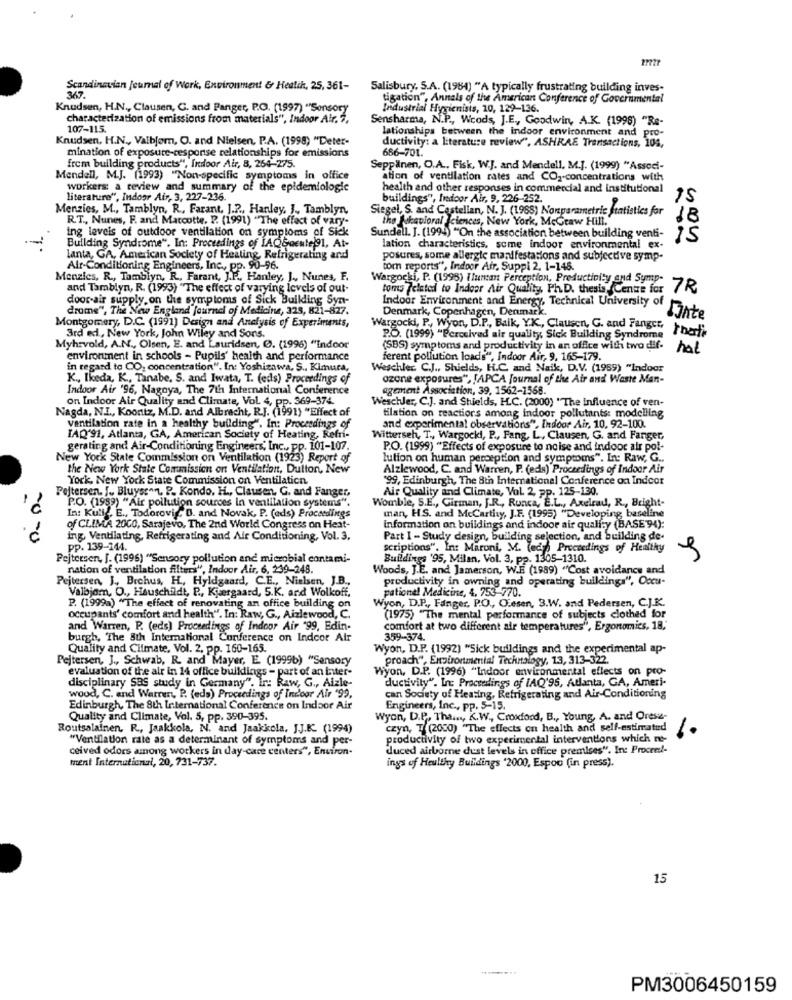
Scandinavian Journal of Work, Environment & Heatik, 25, 361-
Salisbury, S.A. (1984) "A typically frustrating building inves-
367.
tigation", Annals of the American Conference of Governmental
Knudsen, H.N ., Clausen, G. and Fanger, P.O. (1997) "Sonsory
Industrial Hygienists, 10, 129-136.
characterization of emissions from materials", Indoor Air. 2.
Sensharma, N.P ., Woods, J.E ., Goodwin, A.K. (1998) "Re-
107-115.
Knudsen, H.N ., Valbjørn, O. and Nielsen, P.A. (1998) "Deter-
lationships between the indoor environment and pro-
ductivity: a literature review", ASHRAE Transactions, 108,
mination of exposure-response relationships for emissions
686-701.
frem building products", Indoor Air, 8, 264-275.
Seppänen, O.A ., Fisk, W.J. and Mendell. M.J. (1999) "Associ-
Mendell, M.J. (1993) "Non-specific symptoms in office
ation of ventilation rates and CO2-concentrations with
workers: a review and summary of the epidemiologic
health and other responses in commercial and institutional
literature", Indoor Air, 3, 227-236.
buildings", Indoor Air, 9, 226-252.
Menzies, M ., Tamblyn, R ., Farant, J.2 ., Hanley, J ., Tamblyn
Siegel, S. and Cestellan, N. J. (1988) Nonparametric statistics for
R.T ., Nunes, F. and Marcotte, P. (1991) "The effect of vary-
the fakatloral Sciences, New York, McGraw Hill.
18
ing levels of outdoor ventilation on symptoms of Sick
Sundell. J. (1994) "On the association between building venti-
is
Building Syndrome". In: Proceedings of IAQSocute991, At-
lation characteristics, some indoor environmental ex-
lanta, GA, American Society of Heating Refrigerating and
posures, some allergie manifestations and subjective symp-
Air-Conditioning Engineers, Inc ., pp. 90-96.
tom reports", Indoor Air, Suppi 2. 1-145.
Menzics, R ., Tamblyn, R ., Farant, J.P ., Hanley, J ., Nunes, F.
Wargocki, P. (1998) Hluman Perception, Productivity and Symp-
and Tamblyn, R. (1993) "The effect of varying levels of out-
toms Telcted to Indoor Air Quality, Ph.D. thesis Cente for 7R
door-air supply on the symptoms of Sick Building Syn-
Indoor Environment and Energy, Technical University of
drome", The New England journal of Medicine, 325, 821-827.
Denmark, Copenhagen, Denmark.
Montgomery, D.C. (1991) Design and Analysis of Experiments,
Date
Wargocki, P ., Wyon, D.P ., Balk, Y.K ., Clausen, G. and Fanger,
3rd el, New York, John Wiley and Sons.
P.O. (1999) "Perceived air quality, Sick Building Syndrome
Myhrvold, A.N ., Olsen, E. and Lauridsen, C. (1996) "Indoor
(SBS) symptoms and productivity in an office with two dif- hat
environment in schools - Pupils' health and performance
ferent pollution loads", Indoor Air, 9, 165-179.
in regard to CO, concentration". In: Yoshizawa, S ., Kimura,
Weschler. C.J ., Shields, H.C. and Naik, D.V. (1959) "Indoor
K ., Ikeda, K ., Tanabe, S. and Iwata, T. (eds) Proceedings of
ozone exposures", [APCA Journal of the Air and Waste Man-
Indoor Air '96, Nagoya, The 7th International Conference
agement Association, 39, 1562-1568.
on Indoor Air Quality and Climate, Vol. 4, pp. 369-374.
Weschler, C.J. and Shields, HL.C. (2000) "The Influence of ven-
Nagda, NI ., Koontz, M.D. and Albrecht, R.J. (1991) "Effect of
tilation on reactions among indoor pollutants: modelling
ventilation rate in a healthy building". In: Proceedings of
and experimental observations", Indoor Air, 10, 92-100.
IAQ'91, Atlanta, GA, American Society of Heating, Refri-
Witterseh, T ., Wargocki, P ., Fang, L ., Clausen, G. and Fanger,
gerating and Air-Conditioning Engineers, Inc ., pp. 101-107.
P.O. (1999) "Effects of exposure to noise and indoor air pol-
New York State Commission on Ventilation (1923) Report of
lution on human perception and symptoms". It: Raw, G ..
the New York State Commission on Ventilation, Dutton, New
Alzlewood, C. and Warren, P. (eds) Proceedings of Indoor Air
York, New York State Commission on Ventilation.
'99, Edinburgh, The 8th International Conference on Indcor
Pejtersen. J ., Bluyss", P. Kondo. H ., Clausen, G. and Fanger,
Air Quality and Climate, Vol. 2, pp. 125-130.
Womble, S.E ., Girman, J.R ., Runca, E.L ., Axelrad, R ., Bright-
3) "Air pollution sources in ventilation system's"
In: Kullf. E ., Todorovig. D. and Novak, P. (eds) Proceedings
man, HS. and Mccarthy, J.F. (1995) "Developing baseline
of CLIMA 2000, Sarajevo, The 2nd World Congress on Heat-
Information on buildings and indoor air quality (BASE 94):
ing, Ventilating, Refrigerating and Air Conditioning, Vol. 3.
Part I - Study design, building selection, and building de-
pp. 139-144.
scriptions". In: Maroni, M. (eds Proceedings of Healthy
Pejtersen, J. (1996) "Sensory pollution and microbial contami-
Buildings '95, Milan, Vol. 3, pp. 1305-1310.
nation of ventilation filters", Indoor Air, 6, 239-248.
Woods, J.E. and Jamerson, W.E (1989) "Cost avoidance and
Pejtersen, J ., Brehus, H ., Hyldgaard, C.E ., Nielsen, J.B .,
productivity in owning and operating buildings", Occu-
Valbjørn, O ., Hauschildt, P ., Kjærgaard, 5.K. and Wolkoff,
pationel Medicine, 4, 753-770.
Wyon, D.P ., Fanger, P.O ., Olesen, 3.W. and Pedersen, C.J.K.
P. (1999a) "The effect of renovating an office building on
occupants' comfort and health". In: Raw, G ., Aizlewood, C.
(1975) "The mental performance of subjects clothed for
and Warren, P. (eds) Proceedings of Indoor Air "99, Edin-
comfort at two different air temperatures", Ergonomics, 18,'
burgh, "The 8th International Conference on Indoor Air
359-374.
Quality and Climate. Vol. 2, pp. 160-165.
Wyon, D.P. (1992) "Sick buildings and the experimental ap-
Pejtersen, J ., Schwab, R. and Mayer, E. (1999b) "Sensory
proach", Environmental Technology, 13, 313-322.
evaluation of the air in 14 office buildings - part of an inter-
Wyon, D.P. (1996) "Indoor environmental effects on pro-
disciplinary SBS study in Germany". Ir: Raw, G ., Aizle-
ductivity". In: Proceedings of IAQ'96, Atlanta, GA, Ameri-
wood, C. and Warren, P. (eds) Proceedings of Indoor Air "99,
can Society of Heating, Refrigerating and Air-Conditioning
Edinburgh, The 8th International Conference on Indoor Air
Engineers, Inc ., pp. 5-15.
Quality and Climate, Vol. 5, pp. 390-395.
Wyon, D.P. Tha. K.W ., Croxford, B ., Young, A. and Ores-
Routsalainen. R ., Jaakkola, N. and Jaakkola, J.J.K. (1994)
czyn, T(2000) "The effects on health and self-estimated
"Ventilation rate as a determinant of symptoms and per-
productivity of two experimental interventions which no-
ceived odors among workers in day-care centers", Environ-
duced airborne dust levels in office premises". In: Procee !-
ment International, 20, 731-737.
ings of Heultky Buildings '2000, Espoo (in press).
15
PM3006450159